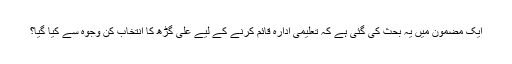
ایک مضمون میں یہ بحث کی گئی ہے کہ تعلیمی ادارہ قائم کرنے کے لیے علی گڑھ کا انتخاب کن وجوہ سے کیا گیا؟